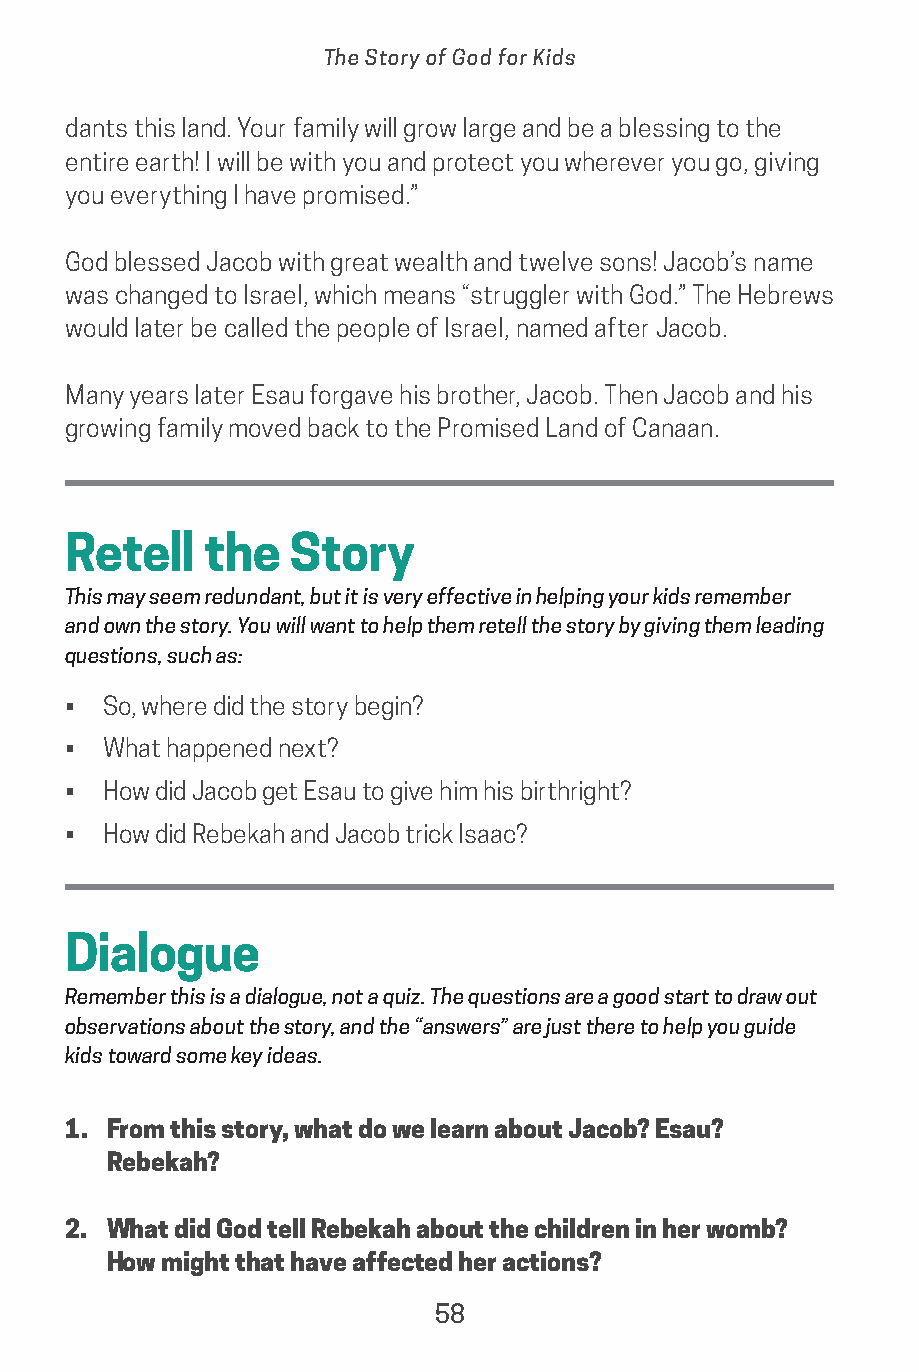
The Story of God for Kids
 dants this land. Your family will grow large and be a blessing to the
 entire earth! I will be with you and protect you wherever you go, giving
 you everything I have promised.”
 God blessed Jacob with great wealth and twelve sons! Jacob’s name
 was changed to Israel, which means “struggler with God.” The Hebrews
 would later be called the people of Israel, named after Jacob.
 Many years later Esau forgave his brother, Jacob. Then Jacob and his
 growing family moved back to the Promised Land of Canaan.
 Retell   the   Story
 This may seem redundant, but it is very effective in helping your kids remember
 and own the story. You will want to help them retell the story by giving them leading
 questions, such as:
 • So, where did the story begin?
 • What happened next?
 • How did Jacob get Esau to give him his birthright?
 • How did Rebekah and Jacob trick Isaac?
 Dialogue
 Remember this is a dialogue, not a quiz. The questions are a good start to draw out
 observations about the story, and the “answers” are just there to help you guide
 kids toward some key ideas.
 1. From this story, what do we learn about Jacob? Esau?
 Rebekah?
 2. What did God tell Rebekah about the children in her womb?
 How might that have affected her actions?
 58
 saturate-story_of_god_kids-2.indd 58              8/10/17 10:11 PM